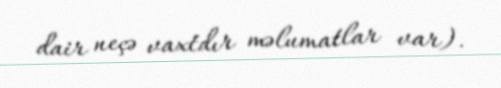
dair neçə vaxtdır məlumatlar var).